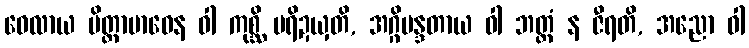
ဝေလာယ ပိတ္တာဗာဓေန ဝါ ကုစ္ဆိ ပရိဍယှတိ, အဂ္ဂိမန္ဒတာယ ဝါ ဘတ္တံ န ဇီရတိ, အညော ဝါ